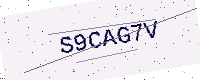
Text: S9CAG7V